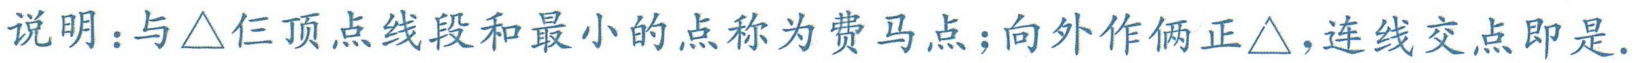
说明：与\(\triangle\)仨顶点线段和最小的点称为费马点；向外作俩正\(\triangle\)，连线交点即是.